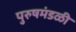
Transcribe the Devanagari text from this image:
पुरुषमंडळी